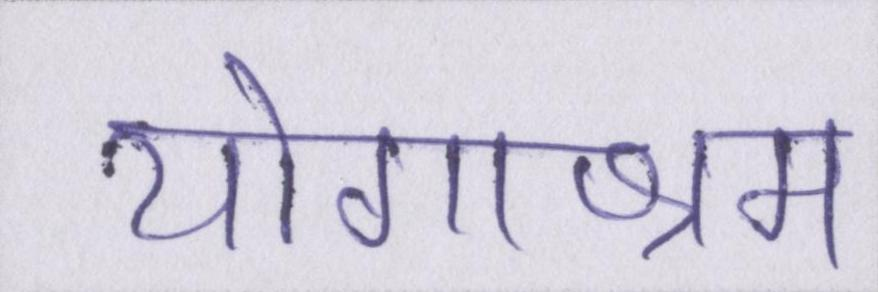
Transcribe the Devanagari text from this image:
योगाश्रम